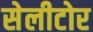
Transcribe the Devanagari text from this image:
सेलीटोर